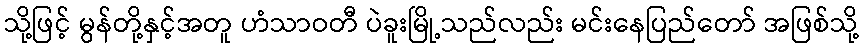
သို့ဖြင့် မွန်တို့နှင့်အတူ ဟံသာဝတီ ပဲခူးမြို့သည်လည်း မင်းနေပြည်တော် အဖြစ်သို့